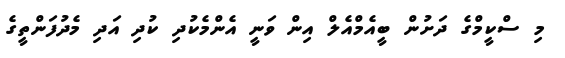
މި ސްކީމްގެ ދަށުން ބީއެމްއެލް އިން ވަނީ އެންމެކުދި ކުދި އަދި މެދުފަންތީގެ